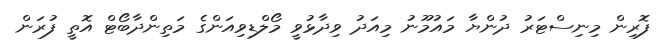
ފޮރިން މިނިސްޓަރު ދުންޔާ މައުމޫނު މިއަދު ވިދާޅުވީ މޯލްޑިވިއަންގެ މަތިންދާބޯޓް އޮތީ ފުރަން